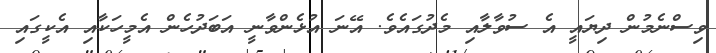
ވިސްނެމުން ދިޔައީ އެ ސުވާލާއި މެދުގައެވެ. އޭނަ އުޅެންވާނީ އަބަދުހެން އެމީހަކާއި އެކީގައި